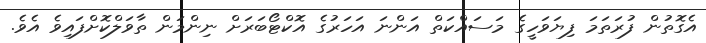
އެގޮތުން ފުރަތަމަ ފިޔަވަހީގެ މަސައްކަތް އަންނަ އަހަރުގެ އޮކްޓޯބަރަށް ނިންމަން ތާވަލްކޮށްފައިވެ އެވެ.